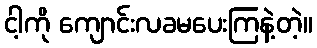
ငါ့ကို ကျောင်းလခမပေးကြနဲ့တဲ့။